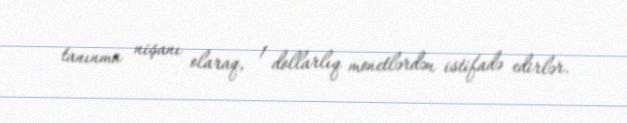
tanınma nişanı olaraq, 1 dollarlıq monetlərdən istifadə edirlər.